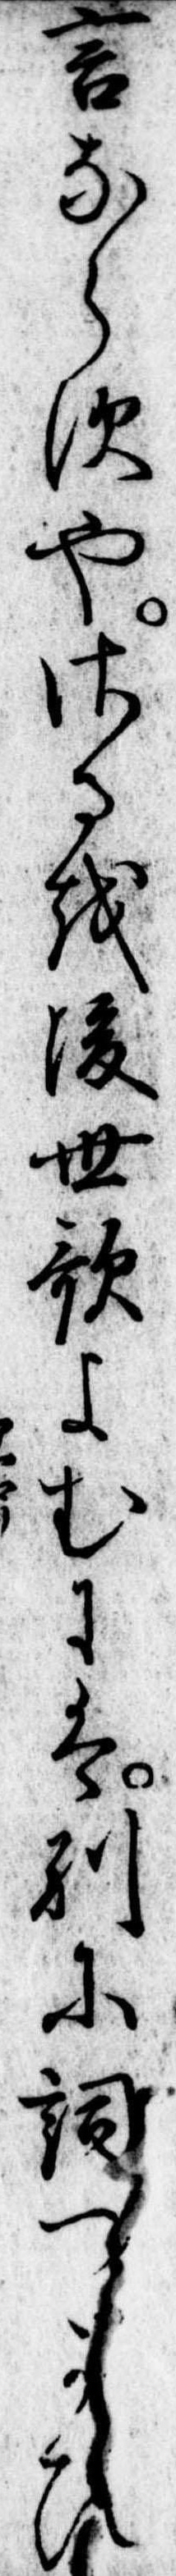
言ならすやさるを後世歌よむには別に詞つかひ